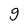
Character: g